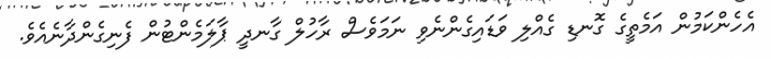
އެހެންކަމުން އަމެތީގެ ގޮނޑި ގެއްލި ވަޑައިގެންނެވި ނަމަވެސް ރާހުލް ގާނދީ ޕާލަމެންޓުން ފެނިގެންދާނެއެވެ.